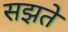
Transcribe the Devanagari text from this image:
सझते